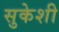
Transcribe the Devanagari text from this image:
सुकेशी